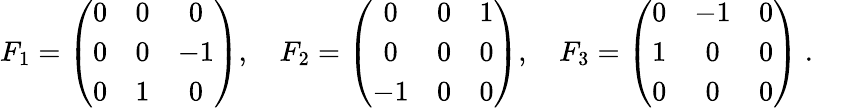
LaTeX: F_{1}=\left({\begin{array}{ccc}{0}&{0}&{0}\\ {0}&{0}&{-1}\\ {0}&{1}&{0}\end{array}}\right),\quad F_{2}=\left({\begin{array}{ccc}{0}&{0}&{1}\\ {0}&{0}&{0}\\ {-1}&{0}&{0}\end{array}}\right),\quad F_{3}=\left({\begin{array}{ccc}{0}&{-1}&{0}\\ {1}&{0}&{0}\\ {0}&{0}&{0}\end{array}}\right)~.\quad